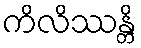
ကိလိဿန္တိ